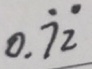
0 . \dot { 7 } \dot { 2 }